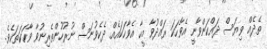
ތެދެއް ވިޔަސް ދައްކަންވާނީ އެވާހަކަ ރައްދުވާ މީހާ އެވާހަކައެއް ދެކެވުނަސް ނުރުހުންތެރިނުވާ ވާހަކަތަކެވެ.